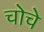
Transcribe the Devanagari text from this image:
चोचे